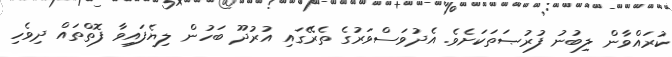
ކުރައްވާން ލިބުނު ފުރުޞަތަކަށެވެ. އެދުވަސްވަރުގެ ތެރޭގައި އުރުދޫ ބަހުން ލިޔެފައިވާ ފޮތްތައް ދިވެހި